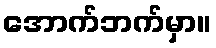
အောက်ဘက်မှာ။